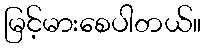
မြင့်မားစေပါတယ်။